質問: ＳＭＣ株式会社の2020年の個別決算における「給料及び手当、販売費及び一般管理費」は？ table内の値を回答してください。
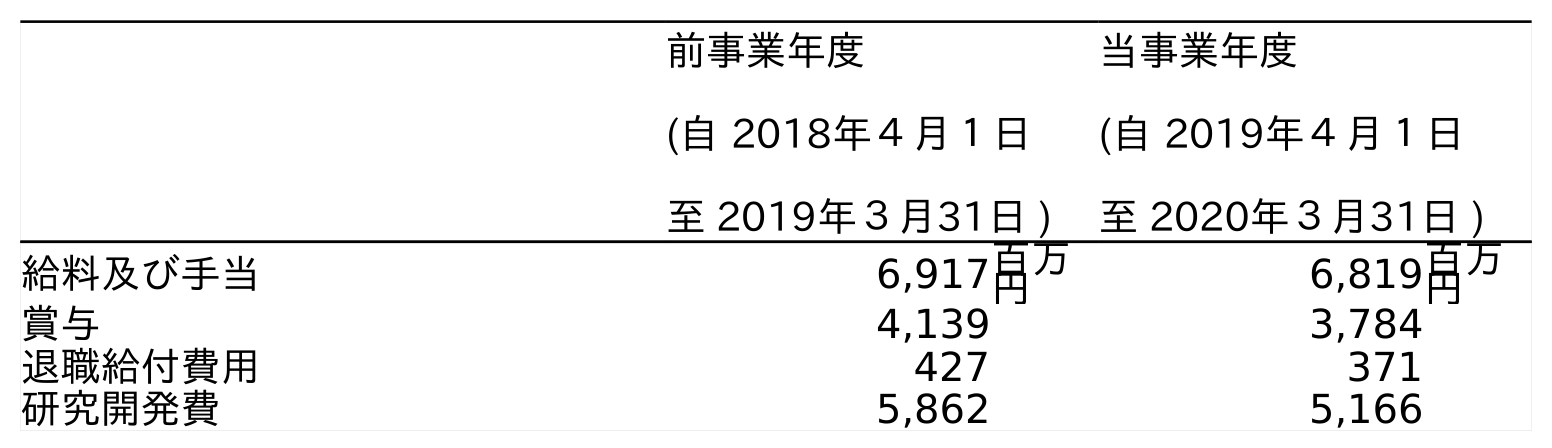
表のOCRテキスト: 前事業年度 (自 2018年４月１日 至 2019年３月31日 ) 当事業年度 (自 2019年４月１日 至 2020年３月31日 ) 給料及び手当 6,917百万 円 6,819百万 円 賞与 4,139 3,784 退職給付費用 427 371 研究開発費 5,862 5,166
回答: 6,819